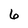
Character: 6